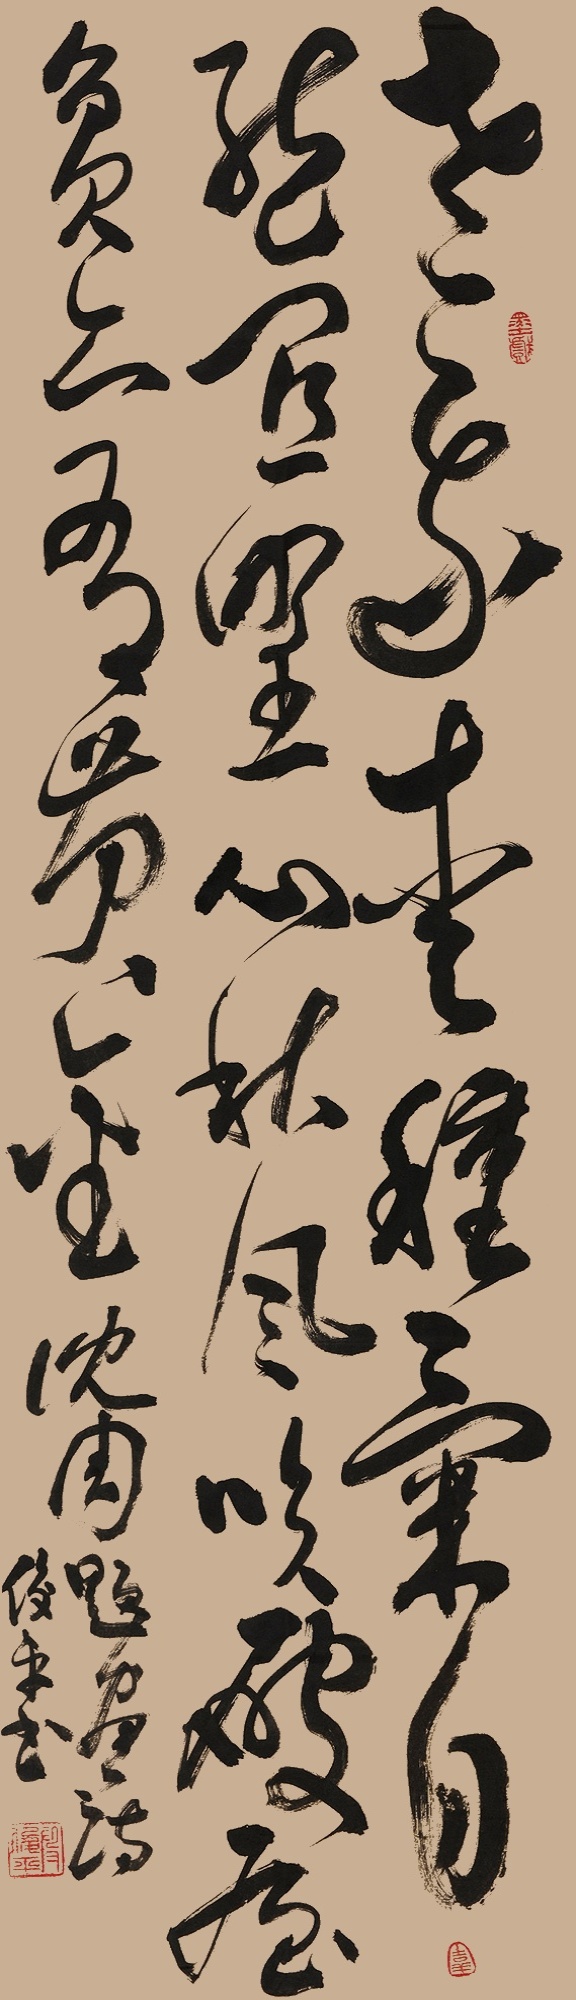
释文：老我爱种菊，自然宜埜心。秋风吹破屋，贫亦有黄金。沈周题画诗，俊平书。